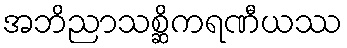
အဘိညာသစ္ဆိကရဏီယဿ